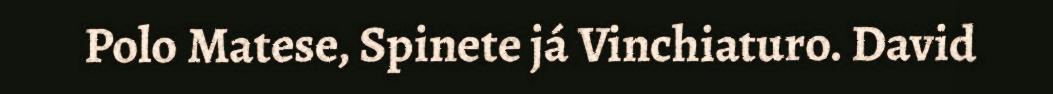
Polo Matese, Spinete já Vinchiaturo. David